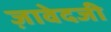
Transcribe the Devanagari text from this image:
ज़ावेदजी